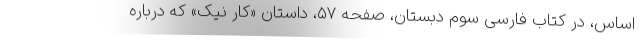
اساس، در کتاب فارسی سوم دبستان، صفحه ۵۷، داستان «کار نیک» که درباره